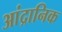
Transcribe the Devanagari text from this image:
आंद्रानिक